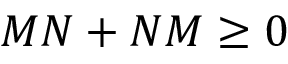
M N + N M \geq 0